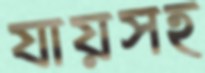
যায়সহ